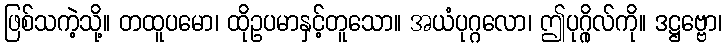
ဖြစ်သကဲ့သို့။ တထူပမော၊ ထိုဥပမာနှင့်တူသော။ အယံပုဂ္ဂလော၊ ဤပုဂ္ဂိုလ်ကို။ ဒဋ္ဌဗ္ဗော၊